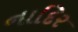
નાદિર